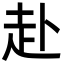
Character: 赴